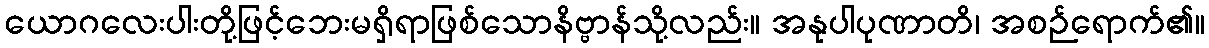
ယောဂလေးပါးတို့ဖြင့်ဘေးမရှိရာဖြစ်သောနိဗ္ဗာန်သို့လည်း။ အနုပါပုဏာတိ၊ အစဉ်ရောက်၏။